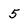
Character: 5